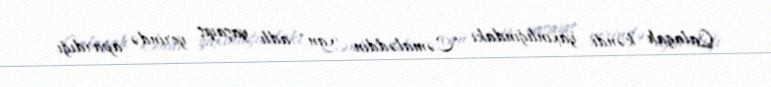
Qalagah kəndi yaxınlığındakı "Cəmaləddin xan" adlı yaşayış yerində apardığı